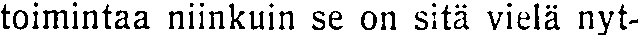
toimintaa niinkuin se on sitä vielä nyt-